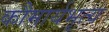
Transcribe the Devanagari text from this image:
कौमार्यभृत्य